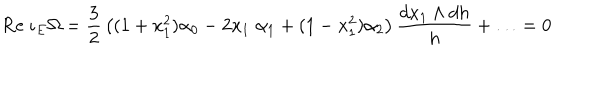
LaTeX: \mathrm { R e } \; \iota _ { E } \Omega = { \frac { 3 } { 2 } } \left( ( 1 + x _ { 1 } ^ { 2 } ) \alpha _ { 0 } - 2 x _ { 1 } \; \alpha _ { 1 } + ( 1 - x _ { 1 } ^ { 2 } ) \alpha _ { 2 } \right) { \frac { d x _ { 1 } \wedge d h } { h } } + \ldots = 0